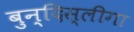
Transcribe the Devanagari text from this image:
बुन्दिस्लीगा